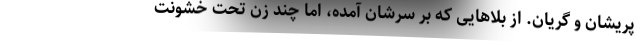
پریشان و گریان. از بلاهایی که بر سرشان آمده، اما چند زن تحت خشونت